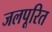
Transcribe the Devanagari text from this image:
जलपूरित